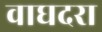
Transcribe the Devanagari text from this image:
वाघदरा